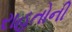
રાહતોની